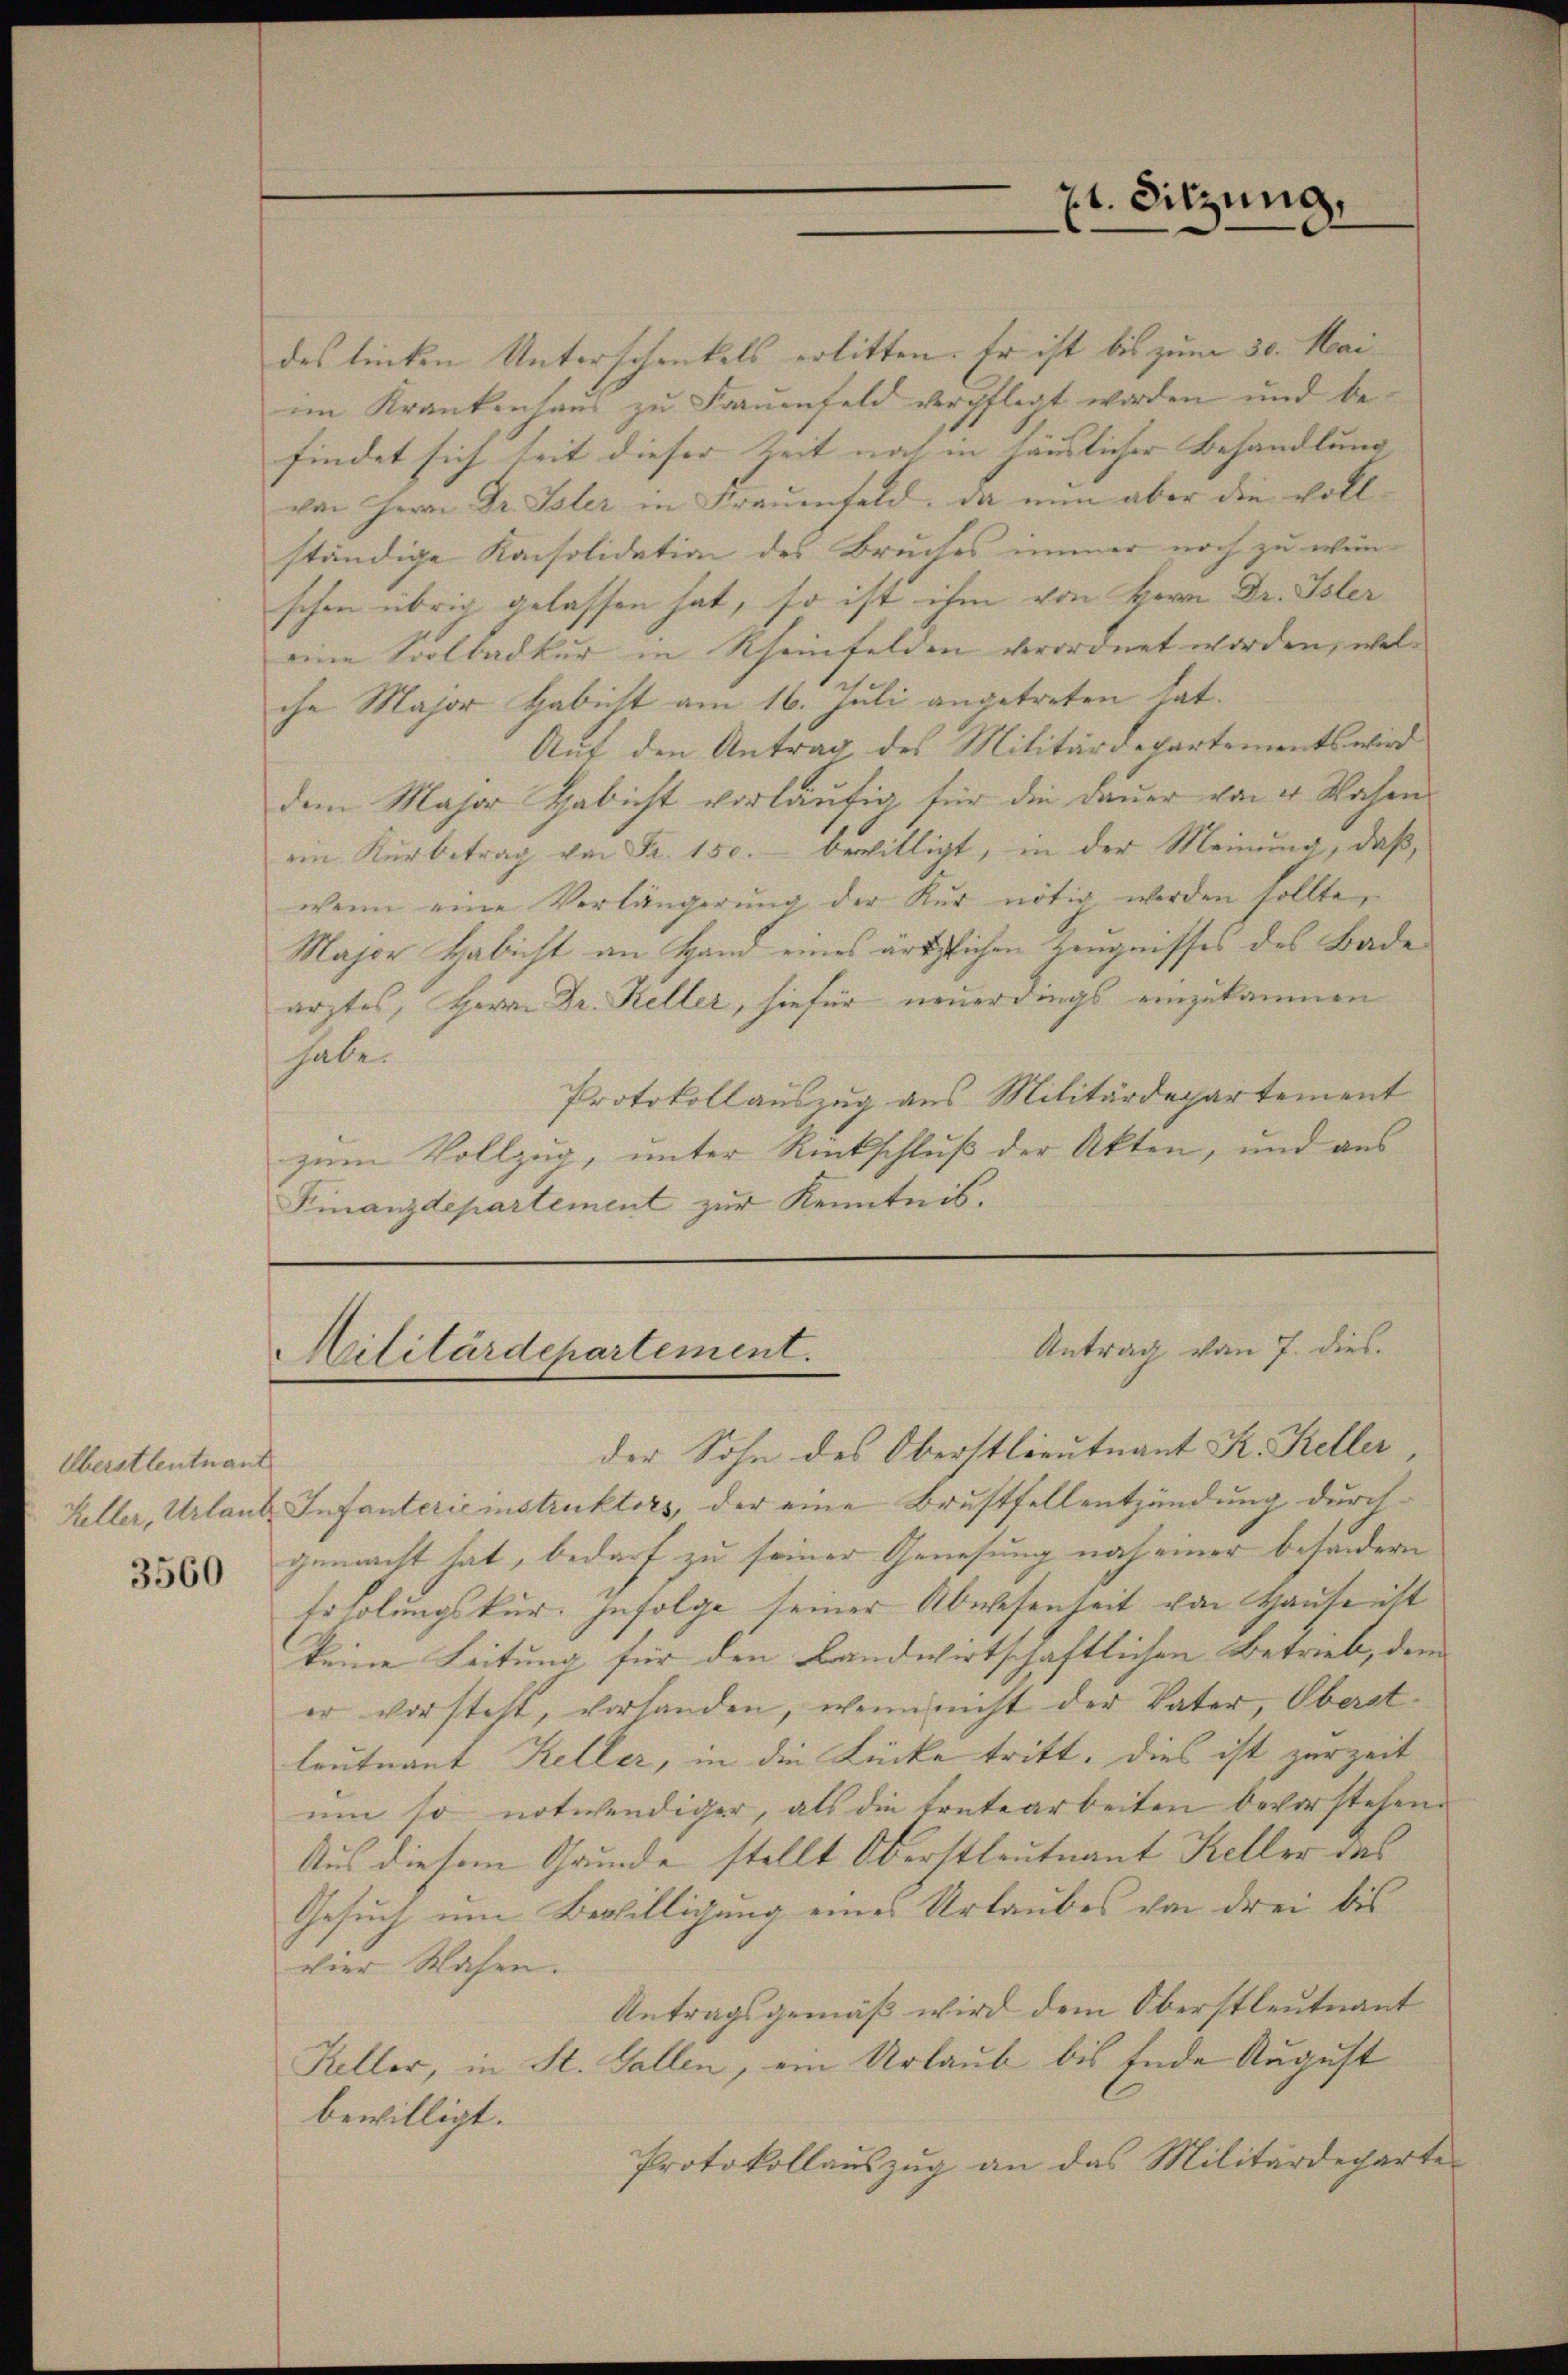
Überstleutnant

7t. Sitzung,

des linken Unterschenkels erlitten. Er ist bis zum 30. Mai
im Krankenhaus zu Frauenfeld verpflegt worden und befindet sich seit dieser Zeit noch in häuslicher Behandlung |
von Herrn Dr. Isler in Frauenfeld, da nun aber die vollständige Konsolidation des Bruches immer noch zu wen
schon übrig gelassen hat, so ist ihm von Herrn Dr. Isler
eine Soolbadkur in Rheinfelden verordnet worden, welche Major Habicht am 16. Juli angetreten hat.
Auf den Antrag des Militärdepartements wird
dem Major Habicht vorläufig für die Dauer von 4 Wochen
ein Kurbetrag von Fr. 150. bewilligt, in der Meinung, daß,
wenn eine Verlängerŭng der Kur nötig werden sollte,
Major Habicht an Hand eines ärtzlichen Zeugnisses des Bade
arztes, Herrn Dr. Keller, hiefür neuerdings einzukommen
habe.
Protokollauszug aus Militärdepartement
zum Vollzug, unter Rückschluß der Akten, und aus
Finanzdepartement zur Kenntnis.

Antrag vom 7. dies.
Militärdepartement.

der Sohn des Oberstlieutnant K. Keller
Keller, Urlaut Infanterie instruktors, der eine Brustfellentzündung durch¬
888 gemacht hat, bedarf zu seiner Genesung noch einer besondern
Frholungskur. Zufolge seiner Abwesenheit von Hause ist
keine Leitung für den Bandwirtschaftlichen Betrieb, dem
er vorsteht, vorhanden, wenn nicht der Vater, Oberatleutnant Keller, in die Lücke tritt, dies ist zurzeit
um so notwendiger, als die Erntearbeiten bevorstehen.
Aus diesem Grunde stellt Oberstleutnant Keller des
Gesuch um Bewilligung eines Urlaubes von drei bis
vier Wasen.
Antragsgemäß wird dem Oberstleutnant
Keller, in St. Gallen, ein Urlaub bis Ende August
bewilligt.
Protokollaŭszŭg an das Militärdeparte